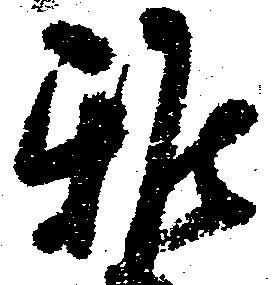
雅